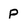
Character: P